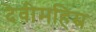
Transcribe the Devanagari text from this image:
देवीमहिम्र